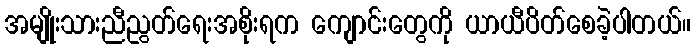
အမျိုးသားညီညွတ်ရေးအစိုးရက ကျောင်းတွေကို ယာယီပိတ်စေခဲ့ပါတယ်။